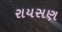
રાયસણ